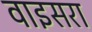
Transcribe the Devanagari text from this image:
वाइसरा